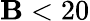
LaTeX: \mathbf{B}<20